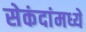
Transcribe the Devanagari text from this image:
सेकंदांमध्ये